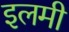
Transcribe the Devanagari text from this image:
इलमी